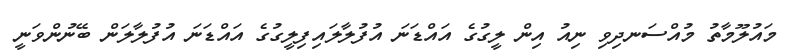
މައުލޫމާތު މުއްސަނދިވި ނިއު އިން ލީގުގެ އައްޑަނަ އުފުލާލައިފިލީގުގެ އައްޑަނަ އުފުލާލަން ބޭނުންވަނީ